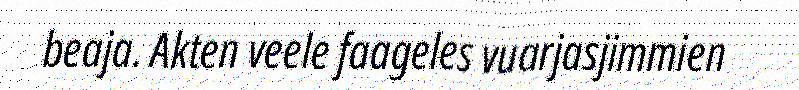
beaja. Akten veele faageles vuarjasjimmien